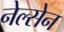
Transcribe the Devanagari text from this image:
नेल्सेन